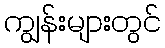
ကျွန်းများတွင်